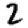
Digit: 2